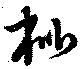
枇